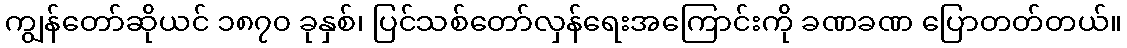
ကျွန်တော်ဆိုယင် ၁၈၇၀ ခုနှစ်၊ ပြင်သစ်တော်လှန်ရေးအကြောင်းကို ခဏခဏ ပြောတတ်တယ်။